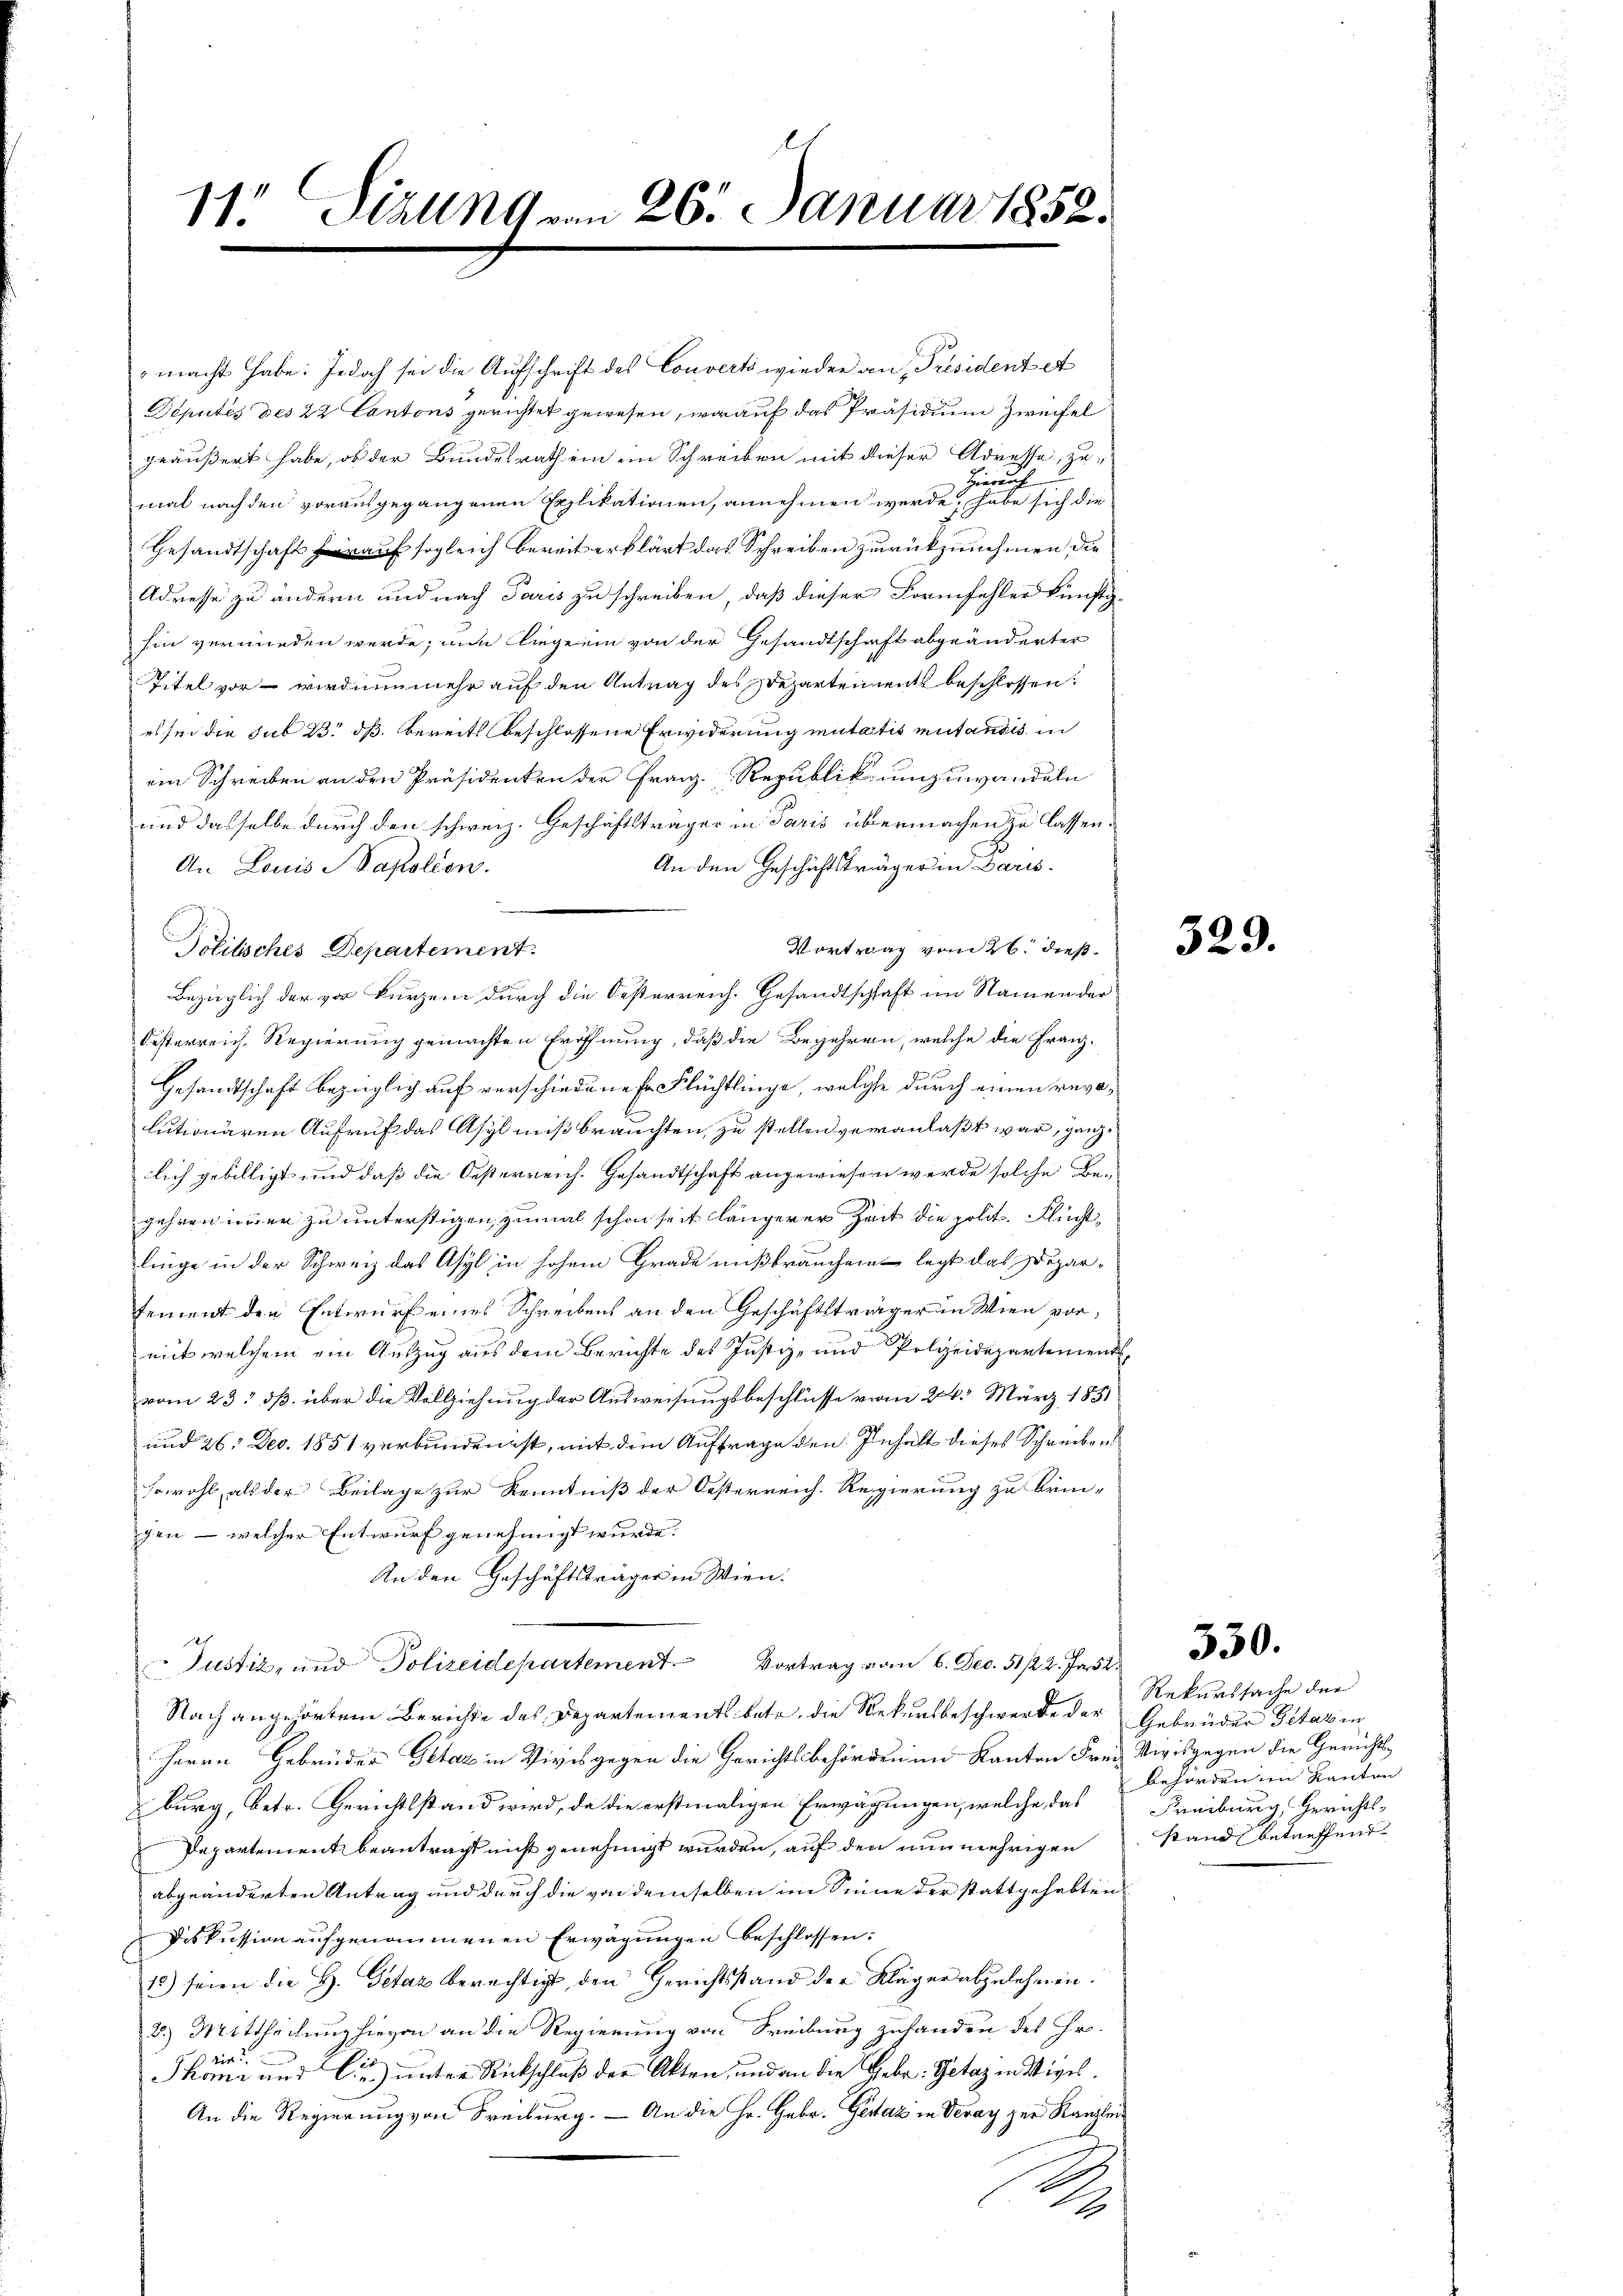
11. Ställn9 von 265. Januar 1852.

macht habe: Jedoch sei die Aufschrift des Converti wieder an Président et
Députés des 22 Cantons gerichtet gewesen, worauf das Präsidium Zweifel
geäußert habe, ob der Bundesrath ein im Schreiben mit dieser Adresse, zu¬
Hierauch
mal nach den vorausgegangenen Epplikationen, annehmen werde, habe sich die
Gesandtschaft hirauf sogleich bereit erklärt das Schreiben zurückzunehmen die
Adresse zu ändern und nach Paris zu schreiben, daß dieser Formfehler künftig-
hin verminden werde; nun liege ein von der Gesandtschaft abgeänderter
Titel vor – wird nunmehr auf den Antrag des Departen ents beschlossen:
es sei die sub 23. dß. bereits beschlossene Erwiderung mutatis mutandis in
ein Schreiben an den Präsidenten der Franz. Republik unzuwandeln
und dasselbe durch den schweiz. Geschäftsträger in Paris übermachen zu lassen.
An den Geschichtsträger in Paris.
An Louis Kapoleon.
Vortrag vom 26. dieß.
Bezüglich der vor kurzem durch die Oesterreich. Gesandtschaft im Namen der
Oesterreich. Regierung gemachten Eröffnung, daß die Begehren, welche die Franz-
Gesandtschaft bezüglich auf verschiedene Er Flüchtlinge, welche durch einen revalutionären Aufruf das Asyl mißbrauchten, zu stellen veranlaßt war, gänzlich gebilligt und daß die Oesterreich. Gesandtschaft angewiesen werde solche Begehren immer zu unterstigen, zumal schon seit längerer Zeit die polit. Flüchtlinge in der Schweiz das Asyl in hohem Grade mißbräuchen legt das Departement den Entwurf eines Schreibens an den Geschäftsträger in Wien vormit welchem ein Auszug aus dem Berichte des Justiz- und Polizeidepartemend,
vom 23. ds. über die Vollziehung der Ausweisungsbeschlüsse vom 24. März 1831
und 26. Dec. 1851 verbunden ist, mit dem Auftrage den Inhalt dieses Schreiben
sowohl, als der Beilage zur Kenntniß der Oesterreich. Regierung zu brin-
gen — welcher Entwurf genehmigt wurde.
An den Geschäftsträger in Wien.
 Justiz, und Polizeidepartement. Vortrag vom 6. Feb. 5122. Ja 200.
Nach angehörtem Berichte des Departement betr. die Rekursbeschwerde der Gebrüder Getazin
Herrn Gebrüder Petar in Vives gegen die Gerichtsbehörden im Kanton Frei Vivisgegen die Gerichtsburg, betr. Gerichtsstand wird, da die erstmaligen Erwägungen, welche, das
Dapartement beantragt nicht genehmigt wurden, auf den nunmehrigen
abgeänderten Antrag und durch die von demselben im Sinne der stattgehabten
Diskussion aŭfgenommenen Erwägŭngen beschlossen:
10) seien die H. Getaz berechtigt, den Gerichtsstand der Kläger abzulehnen.
3.) Mittheilung hievon an die Regierung von Freibung zuhanden des Ehr-
dis
Thomi und Cie unter Rückschluß der Akten, und an die Gebr. Getaz in Wiges.
An die Regierung von Freiburg. — An die Hr. Gebr. Gestaz in Veray zur Kanzlei¬
E
A

Politisches Departement.

329.

Rekurssache der
behörden in Kanton
Freiburg, Gerichts-
stand betreffend